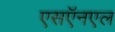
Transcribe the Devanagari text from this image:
एसऍनएल